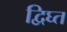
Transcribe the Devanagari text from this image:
द्विघ्त